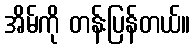
အိမ်ကို တန်းပြန်တယ်။